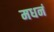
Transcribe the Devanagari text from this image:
मधनं